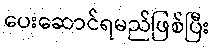
ပေးဆောင်ရမည်ဖြစ်ပြီး